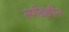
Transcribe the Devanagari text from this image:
स्पीडक्वीन